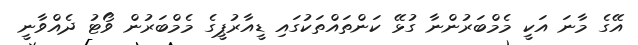
އޭގެ މާނަ އަކީ މެމްބަރުންނާ ގުޅޭ ކަންތައްތަކުގައި ޑީއާރުޕީގެ މެމްބަރުން ވޯޓު ދެއްވާނީ